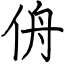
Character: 侜